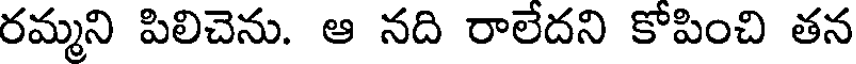
రమ్మని పిలిచెను. ఆ నది రాలేదని కోపించి తన